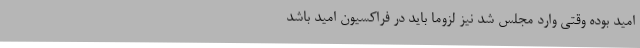
امید بوده وقتی وارد مجلس شد نیز لزوماً باید در فراکسیون امید باشد